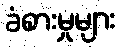
ခံစားမှုများ